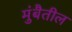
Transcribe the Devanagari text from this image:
मुंबैतील